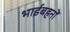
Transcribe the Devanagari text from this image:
भाईबहनों